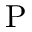
\mathrm { \nabla { P } }